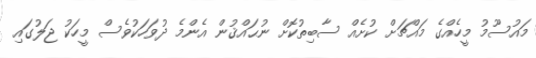
މައުސޫމު މީހެއްގެ މައްޗަށް ކުށެއް ސާބިތުކޮށް ނުޙައްޤުން އެންމެ ދުވަހަކުވެސް މީހަކު ޖަލުގައި